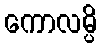
ကောလမ္ပိ